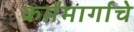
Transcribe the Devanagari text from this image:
कर्ममार्गाचे